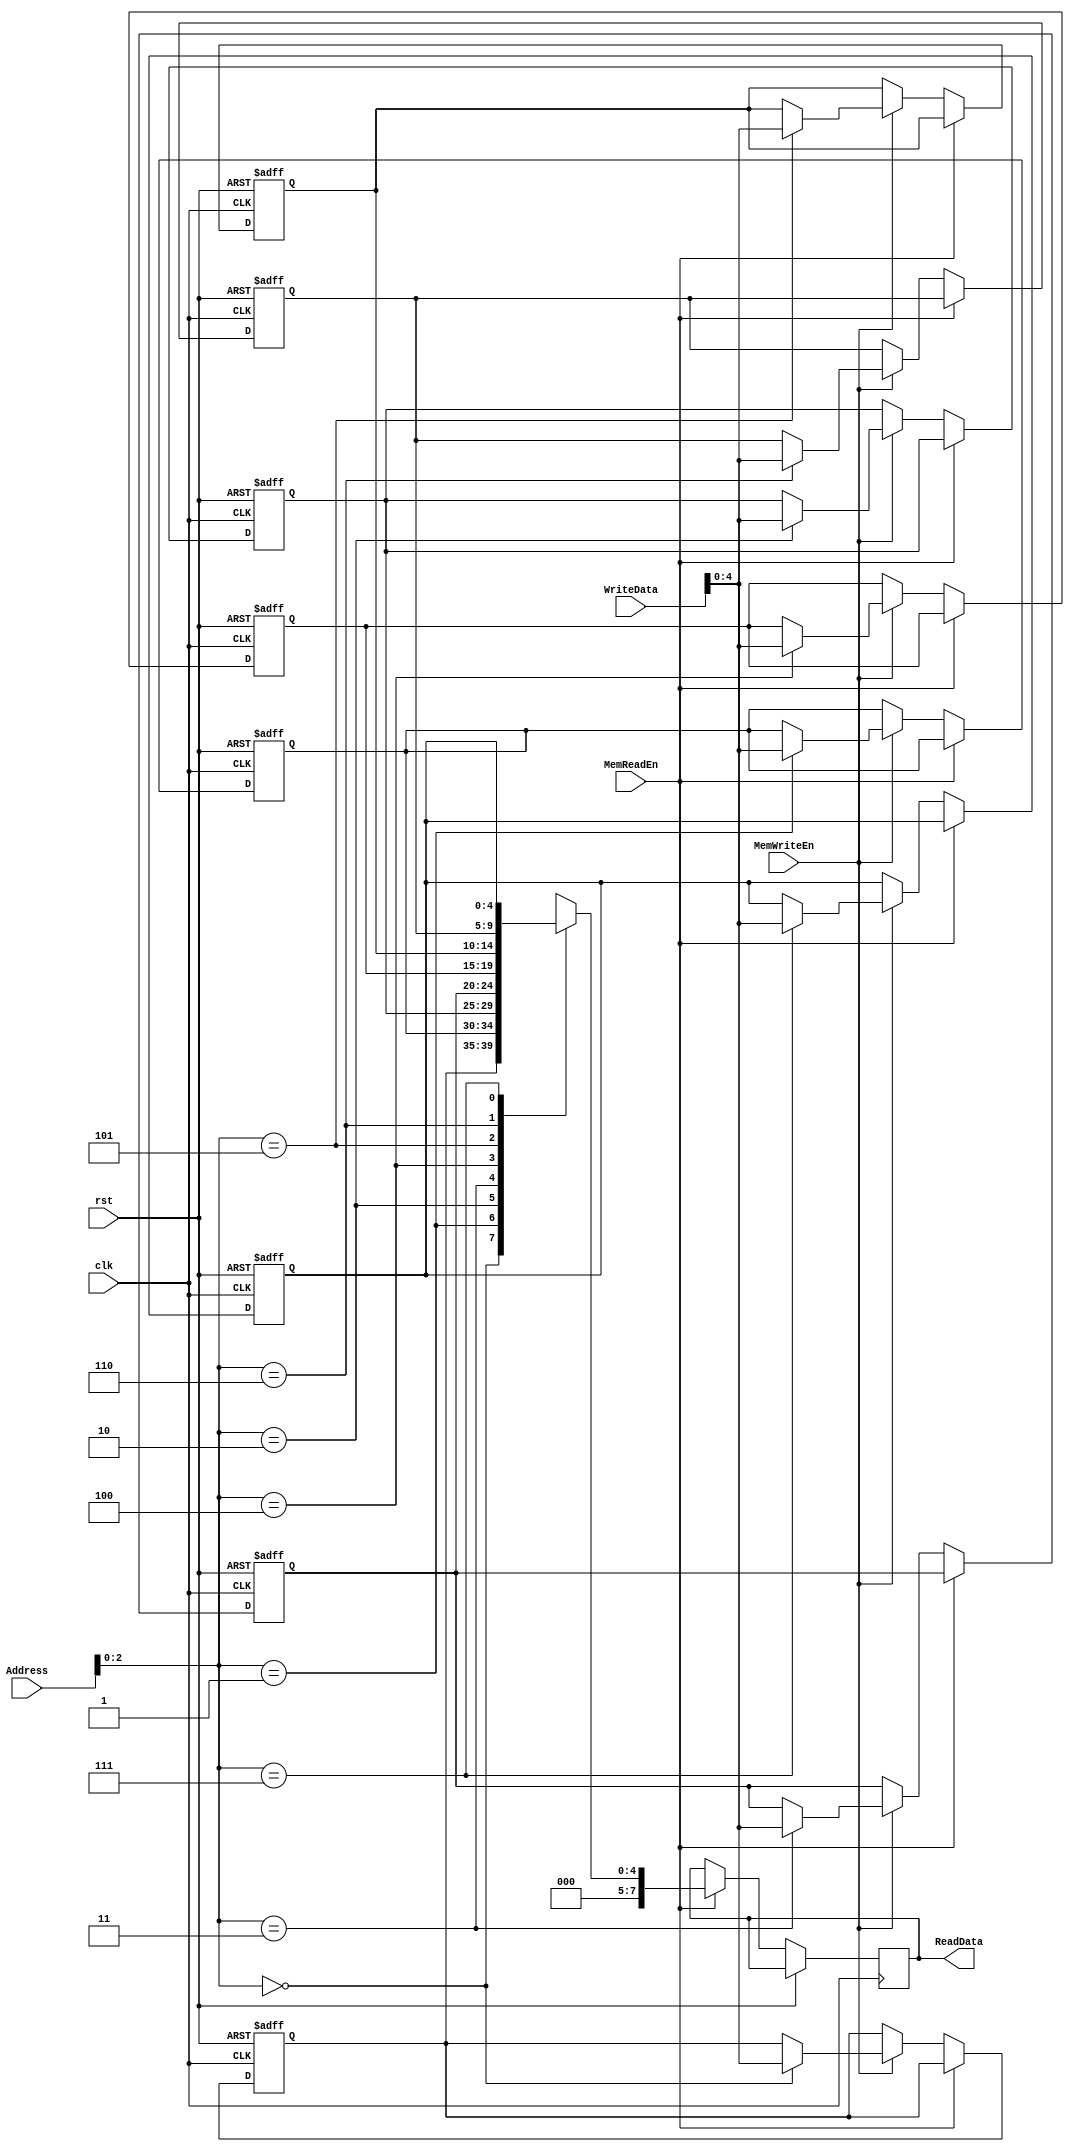

`timescale 1ns/1ns

module Memory(clk, rst, Address, WriteData, MemReadEn, MemWriteEn, ReadData);
  input            clk, rst, MemReadEn, MemWriteEn;
  input      [7:0] Address, WriteData;
  output reg [7:0] ReadData;
  reg        [4:0] data [7:0];
  integer i;
  always@(posedge clk, posedge rst) begin
    if(rst) begin
      for(i = 0; i < 32; i = i + 1) begin
        data[i] <= 8'b0;
      end
    end
    else if(MemReadEn)  begin
      ReadData <= data[Address];
    end
    else if(MemWriteEn) begin
      data[Address] <= WriteData;
    end
  end
endmodule